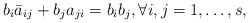
\begin{align*}b_i \bar a_{ij} + b_j a_{ji} = b_i b_j, \forall i,j=1,\ldots,s,\end{align*}